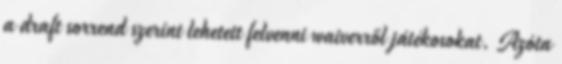
a draft sorrend szerint lehetett felvenni waiverről játékosokat. Azóta